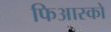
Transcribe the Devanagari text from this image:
फिआस्को